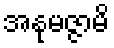
အနုမဇ္ဇာမိ